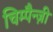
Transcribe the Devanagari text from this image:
चिम्पैन्ज़ी